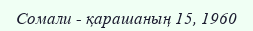
Сомали - қарашаның 15, 1960